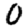
Digit: 0